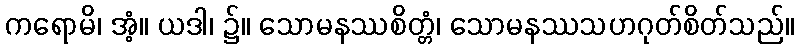
ကရောမိ၊ အံ့။ ယဒါ၊ ၌။ သောမနဿစိတ္တံ၊ သောမနဿသဟဂုတ်စိတ်သည်။